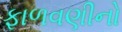
ફાળવણીનો